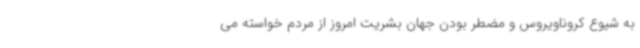
به شیوع کروناویروس و مضطر بودن جهان بشریت امروز از مردم خواسته می